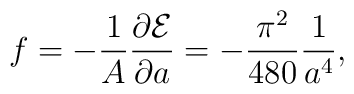
f=-{1\over A}{\partial{\cal E}\over\partial a}=-{\pi^2\over480}{1\over a^4},